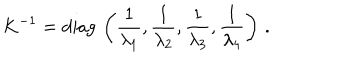
K ^ { - 1 } = \mathrm { d i a g } \, \left( { \frac { 1 } { \lambda _ { 1 } } } , { \frac { 1 } { \lambda _ { 2 } } } , { \frac { 1 } { \lambda _ { 3 } } } , { \frac { 1 } { \lambda _ { 4 } } } \right) \, .